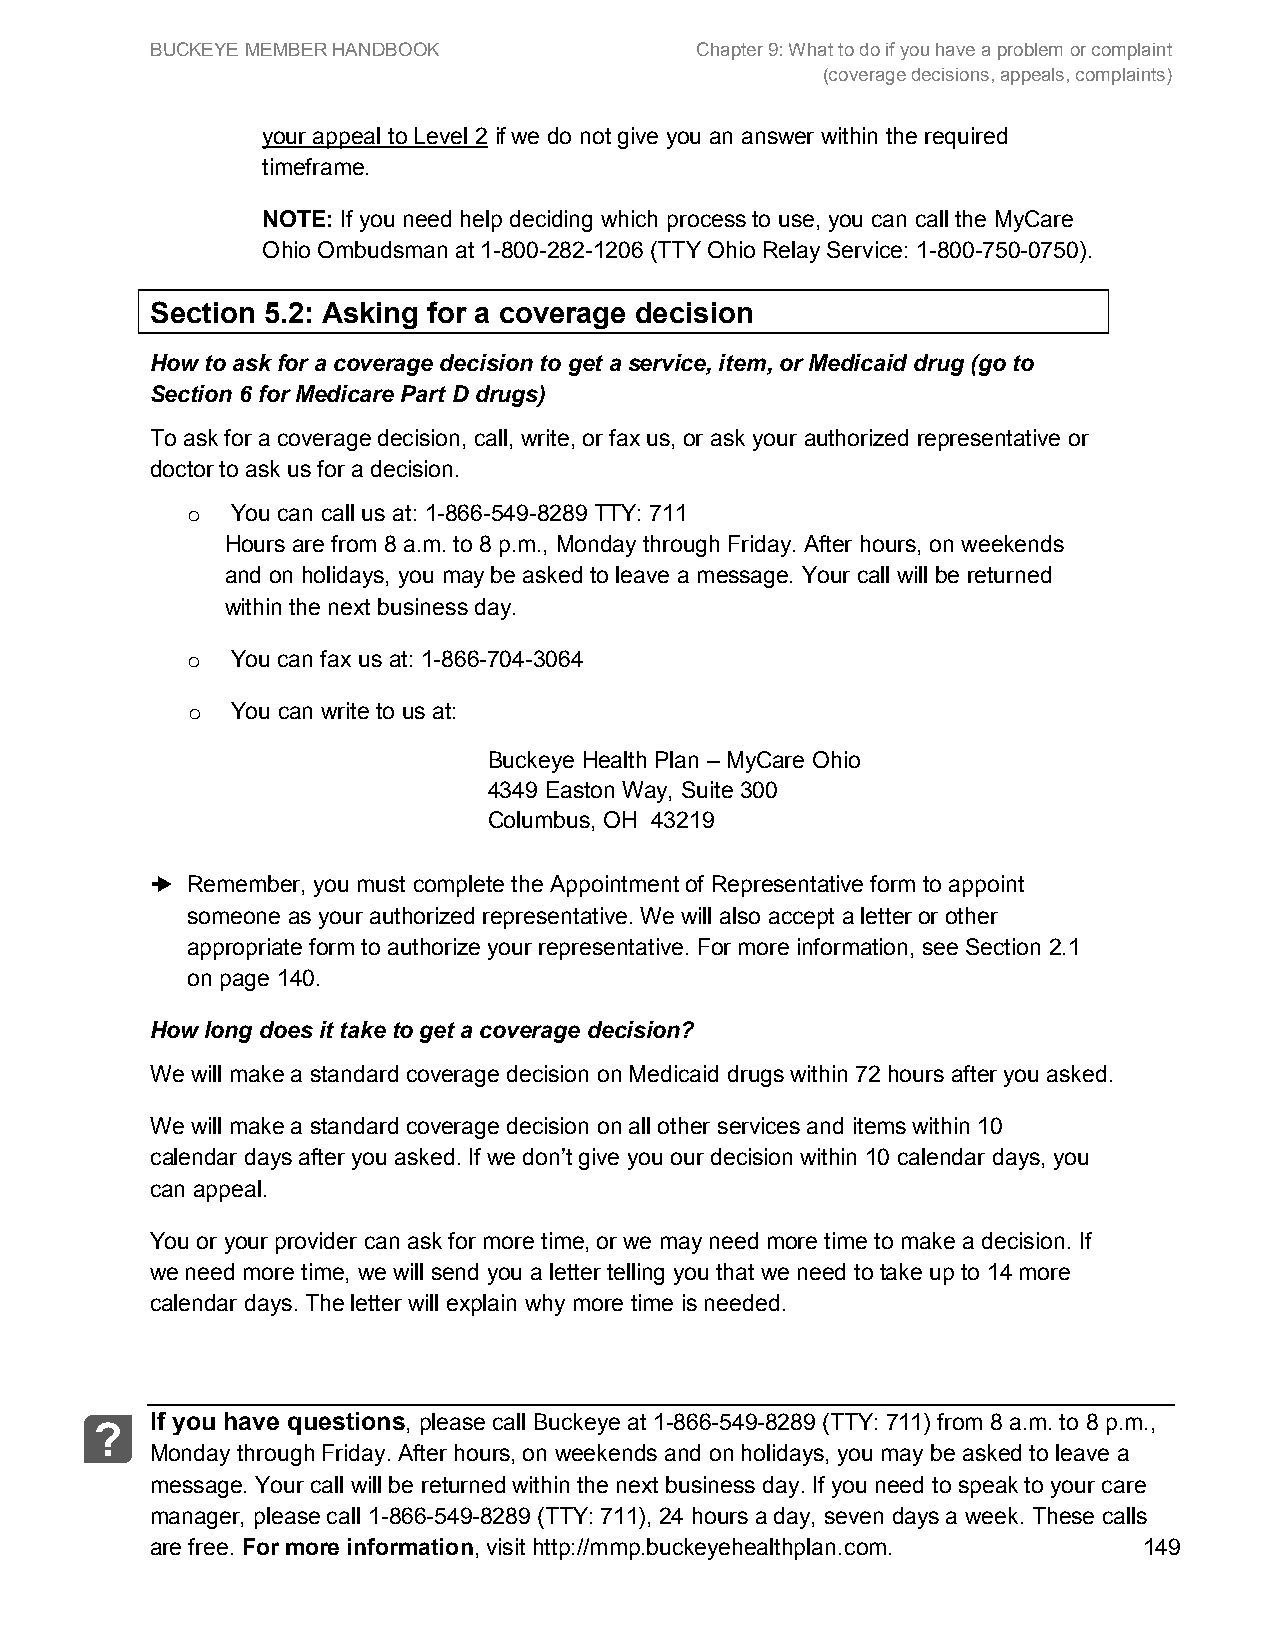
BUCKEYE MEMBER HANDBOOK             Chapter 9: What to do if you have a problem or complaint
 (coverage decisions, appeals, complaints)
 your appeal to Level 2 if we do not give you an answer within the required
 timeframe.
 NOTE: If you need help deciding which process to use, you can call the MyCare
 Ohio Ombudsman at 1-800-282-1206 (TTY Ohio Relay Service: 1-800-750-0750).
 Section 5.2: Asking for a coverage decision
 How to ask for a coverage decision to get a service, item, or Medicaid drug (go to
 Section 6 for Medicare Part D drugs)
 To ask for a coverage decision, call, write, or fax us, or ask your authorized representative or
 doctor to ask us for a decision.
 You can cal l us at: 1-866-549-8289 TTY: 711
 o
 Hours are from 8 a.m. to 8 p.m., Monday through Friday. After hours, on weekends
 and on holidays, you may be asked to leave a message. Your call will be returned
 within the next business day.
 You can fax us at: 1-866-704-3064
 o
 You can write to us at:
 o
 Buckeye Health Plan – MyCare Ohio
 4349 Easton Way, Suite 300
 Columbus, OH 43219
 ➜ Remember, you must complete the Appointment of Representative form to appoint
 someone as your authorized representative. We will also accept a letter or other
 appropriate form to authorize your representative. For more information, see Section 2.1
 on page 140.
 How long does it take to get a coverage decision?
 We will make a standard coverage decision on Medicaid drugs within 72 hours after you asked.
 We will make a standard coverage decision on all other services and items within 10
 calendar days after you asked. If we don’t give you our decision within 10 calendar days, you
 can appeal.
 You or your provider can ask for more time, or we may need more time to make a decision. If
 we need more time, we will send you a letter telling you that we need to take up to 14 more
 calendar days. The letter will explain why more time is needed.
 If you have questions, please call Buckeye at 1-866-549-8289 (TTY: 711) from 8 a.m. to 8 p.m.,
 ?
 Monday through Friday. After hours, on weekends and on holidays, you may be asked to leave a
 message. Your call will be returned within the next business day. If you need to speak to your care
 manager, please call 1-866-549-8289 (TTY: 711), 24 hours a day, seven days a week. These calls
 are free. For more information, visit http://mmp.buckeyehealthplan.com. 149